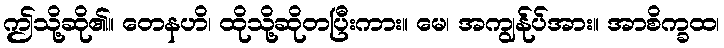
ဤသို့ဆို၏။ တေနဟိ၊ ထိုသို့ဆိုတပြီးကား။ မေ၊ အကျွန်ုပ်အား။ အာစိက္ခထ၊